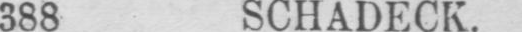
388 SCHADECK.